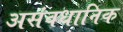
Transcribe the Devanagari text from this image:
असंवधानिक